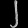
Digit: ၂